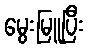
မွေးမြူပြီး